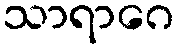
သာရာဂေ